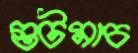
গুটমাচ